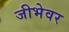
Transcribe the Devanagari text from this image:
जीभेवर